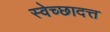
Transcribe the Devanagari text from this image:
स्वेच्छादत्त